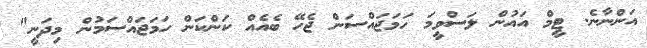
އަންނާނެ. ޓީމް އައުން ލަސްވީމަ ހަމަޖައްސަން ޖެހޭ ބެއެއް ކަންކަން ހަމަޖައްސަމުން މިދަނީ"